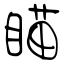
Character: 瞄